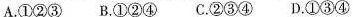
A.①②③ B.①②④ C.②③④ D.①③④